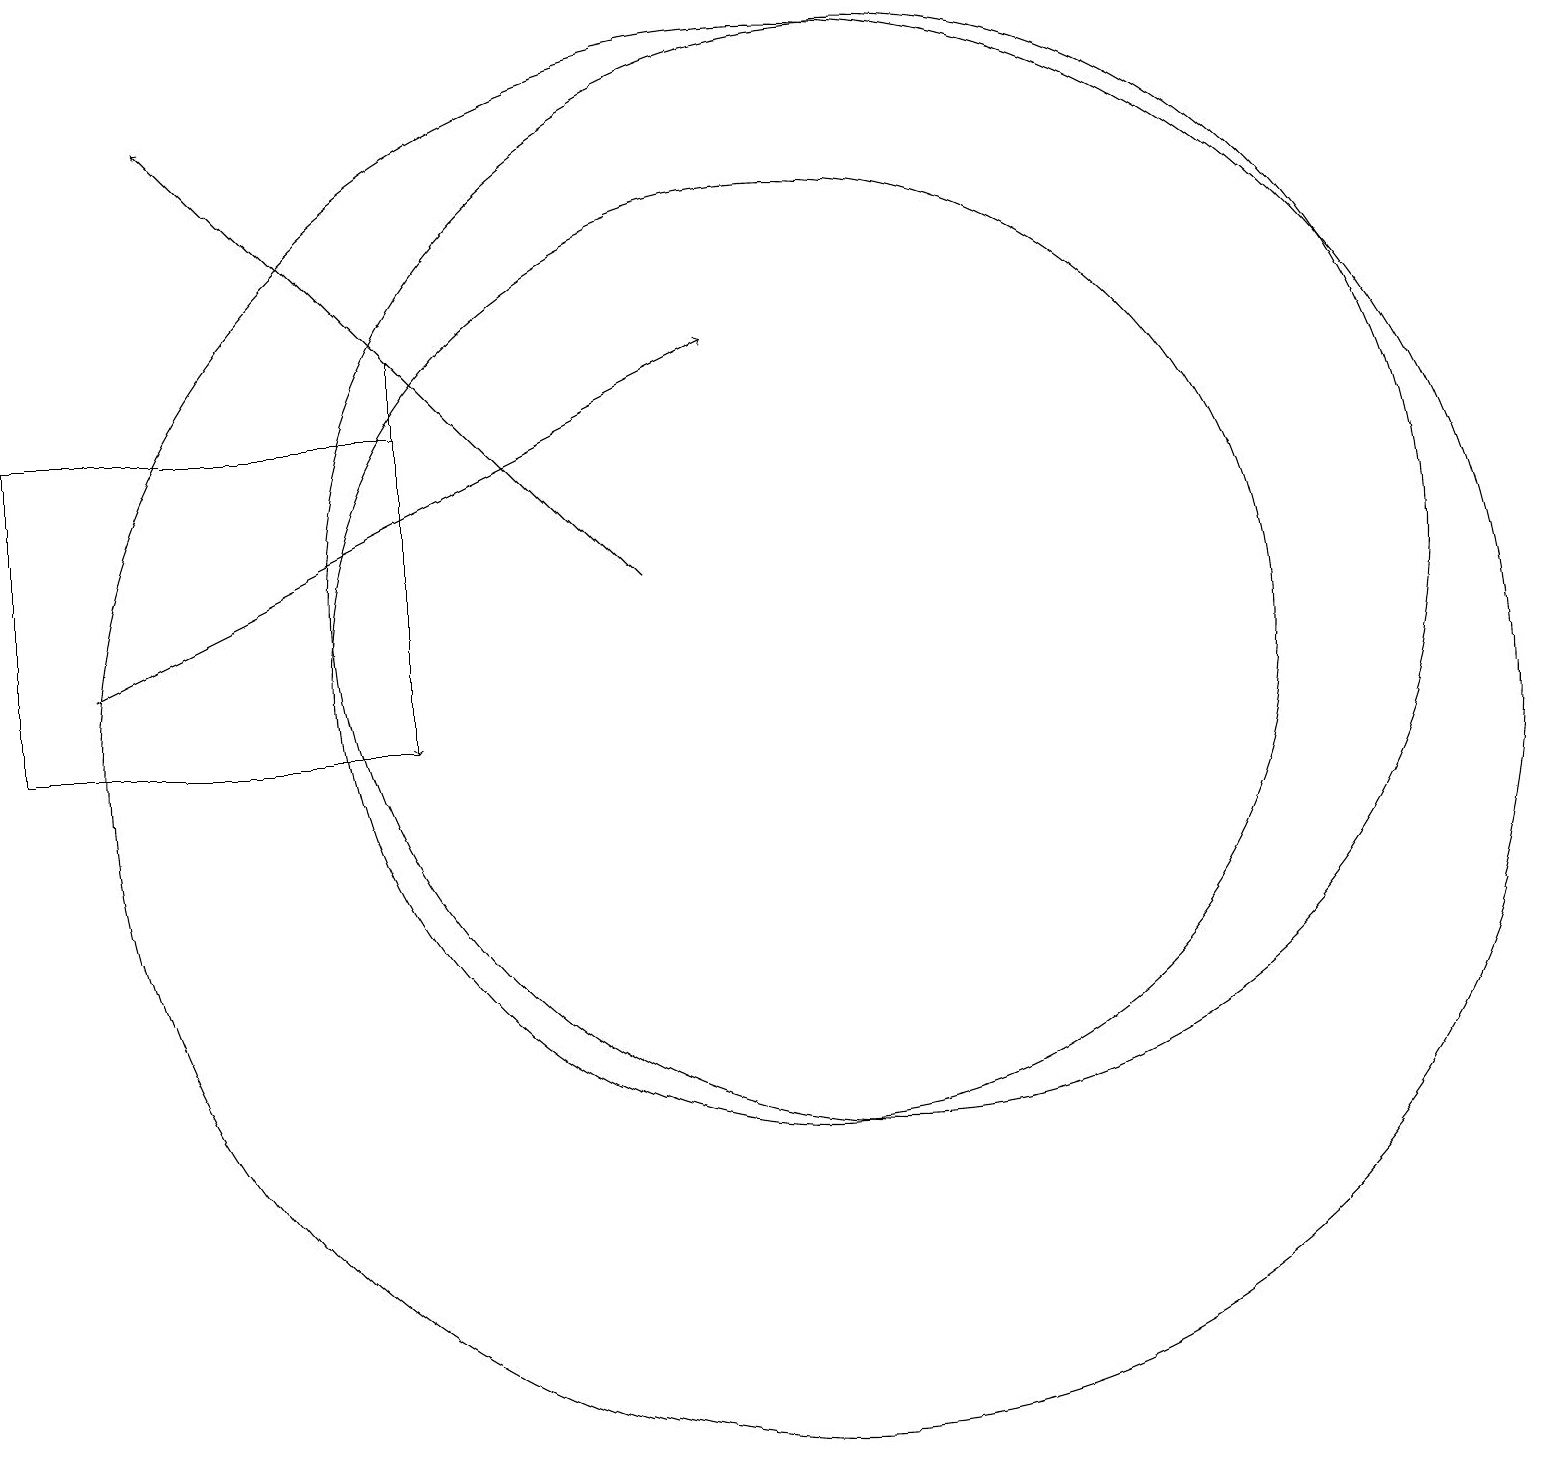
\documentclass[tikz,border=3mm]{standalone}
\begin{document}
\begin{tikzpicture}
\draw[->] (8,12) -- (2,18);
\draw (10,11) circle (6);
\draw (0,10) rectangle (5,14);
\draw (11,12) circle (7);
\draw[->] (1,11) -- (9,15);
\draw (10,10) circle (9);
\draw[->] (5,15) -- (5,10);
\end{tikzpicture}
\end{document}